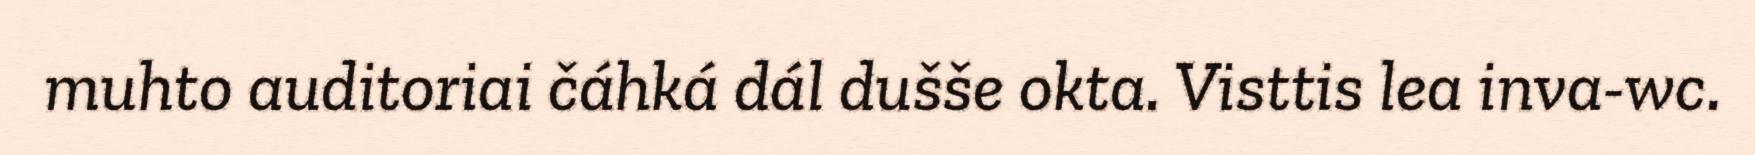
muhto auditoriai čáhká dál dušše okta. Visttis lea inva-wc.